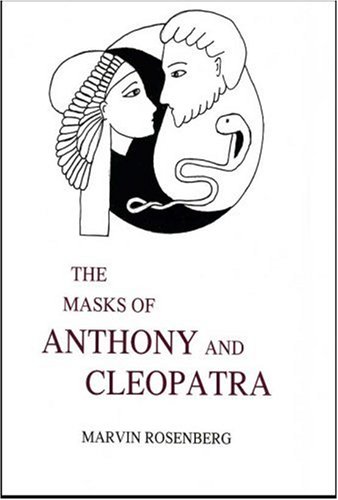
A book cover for The Masks of Anthony And Cleopatra; Marvin Rosenberg; Literature & Fiction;